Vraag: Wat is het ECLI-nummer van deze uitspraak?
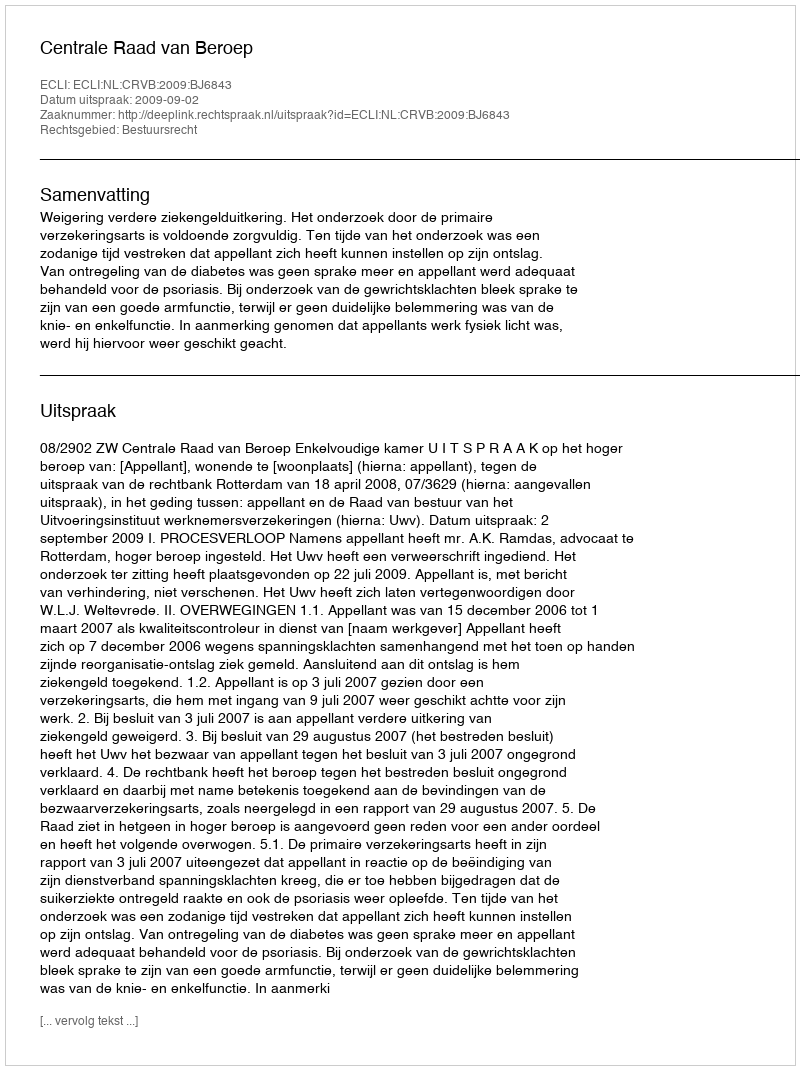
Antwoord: ECLI:NL:CRVB:2009:BJ6843